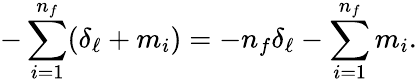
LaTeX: -\sum_{i=1}^{n_{f}}(\delta_{\ell}+m_{i})=-n_{f}\delta_{\ell}-\sum_{i=1}^{n_{f}}m_{i}.